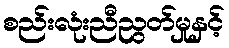
စည်းလုံးညီညွတ်မှုနှင့်